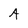
Character: A